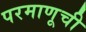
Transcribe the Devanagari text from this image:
परमाणूची